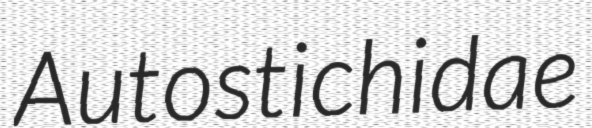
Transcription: Autostichidae